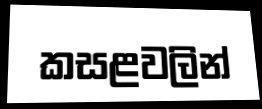
කසළවලින්